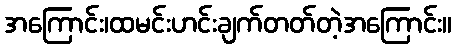
အကြောင်း၊ထမင်းဟင်းချက်တတ်တဲ့အကြောင်း။